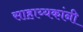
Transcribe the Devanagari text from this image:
साहाय्यकांनी